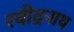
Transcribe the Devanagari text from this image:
रवीद्रनाथ